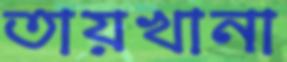
তায়খানা